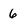
Character: 6